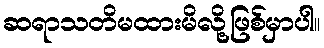
ဆရာသတိမထားမိလို့ဖြစ်မှာပါ။